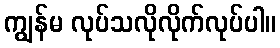
ကျွန်မ လုပ်သလိုလိုက်လုပ်ပါ။